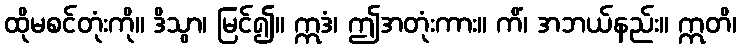
ထိုမစင်တုံးကို။ ဒိသွာ၊ မြင်၍။ ဣဒံ၊ ဤအတုံးကား။ ကိံ၊ အဘယ်နည်း။ ဣတိ၊